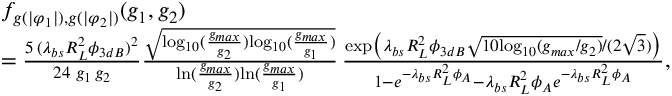
\begin{array} { r l } & { f _ { g ( | \varphi _ { 1 } | ) , g ( | \varphi _ { 2 } | ) } ( g _ { 1 } , g _ { 2 } ) } \\ & { = \frac { 5 \, ( \lambda _ { b s } R _ { L } ^ { 2 } \phi _ { 3 d B } ) ^ { 2 } } { 2 4 \, \, g _ { 1 } \, g _ { 2 } } \frac { \sqrt { \mathrm { { l o g } } _ { 1 0 } ( \frac { g _ { m a x } } { g _ { 2 } } ) { \mathrm { l o g } } _ { 1 0 } ( \frac { g _ { m a x } } { g _ { 1 } } ) } } { \mathrm { { l n } } ( \frac { g _ { m a x } } { g _ { 2 } } ) { \mathrm { l n } } ( \frac { g _ { m a x } } { g _ { 1 } } ) } \, \frac { \mathrm { { e x p } } \big ( \lambda _ { b s } R _ { L } ^ { 2 } \phi _ { 3 d B } \sqrt { 1 0 { \mathrm { l o g } } _ { 1 0 } ( g _ { m a x } / g _ { 2 } ) } / ( 2 \sqrt { 3 } ) \big ) } { 1 - e ^ { - \lambda _ { b s } R _ { L } ^ { 2 } \phi _ { A } } - \lambda _ { b s } R _ { L } ^ { 2 } \phi _ { A } e ^ { - \lambda _ { b s } R _ { L } ^ { 2 } \phi _ { A } } } , } \end{array}